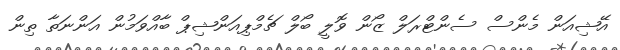
އޭޝިއަން މެންސް ސެންޓްރަލް ޒޯން ވޮލީ ބޯލް ޗެމްޕިއަންޝިޕް ބާއްވަމުން އަންނަތާ ތިން